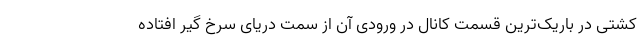
کشتی در باریک‌ترین قسمت کانال در ورودی آن از سمت دریای سرخ گیر افتاده